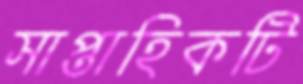
সাপ্তাহিকটি